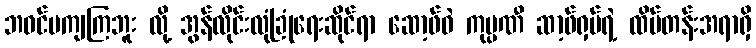
ဘဝင်မကျကြဘူး လို့ အွန်လိုင်းလုံခြုံရေးဆိုင်ရာ ဆော့ဖ်ဝဲ ကုမ္ပဏီ ဆာ့ဖ်ရှပ်ရဲ့ ထိပ်တန်းအရာရှိ